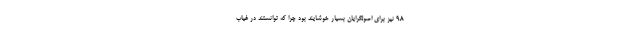
98 نیز برای اصولگرایان بسیار خوشایند بود چرا که توانستند در غیاب